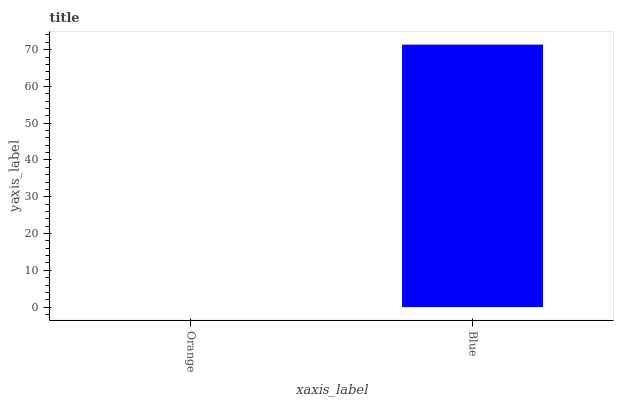
| xaxis_label | bars |
 | --- | --- |
 | Orange | 0 |
 | Blue | 71.4 |